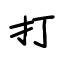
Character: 打